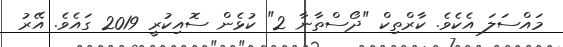
މައްސަލަ އެކެވެ. ކާރްތިކް "ދޯސްތާނާ 2" ކުޅެން ސޮއިކުރީ 2019 ގައެވެ. އޭރު